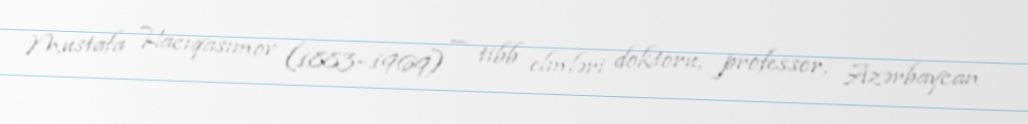
Mustafa Hacıqasımov (1883–1969) — tibb elmləri doktoru, professor, Azərbaycan